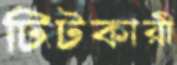
টিটকারী